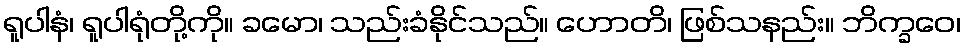
ရူပါနံ၊ ရူပါရုံတို့ကို။ ခမော၊ သည်းခံနိုင်သည်။ ဟောတိ၊ ဖြစ်သနည်း။ ဘိက္ခဝေ၊